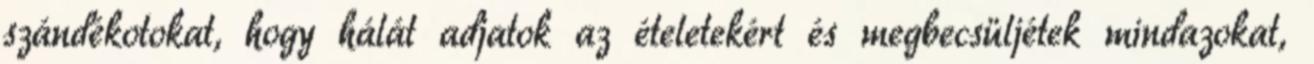
szándékotokat, hogy hálát adjatok az ételetekért és megbecsüljétek mindazokat,